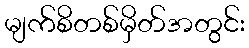
မျက်စိတစ်မှိတ်အတွင်း